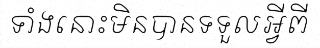
ទាំងនោះមិនបានទទួលអ្វីពី